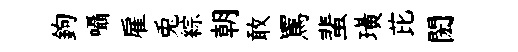
鉤囁雇兎綜朝敢罵蜚璜芘閎